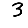
Digit: 3